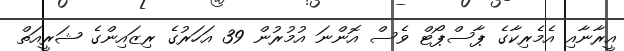
އީރާނާއި އެމެރިކާގެ ޕާސްޕޯޓް ވެސް އޮންނަ އުމުރުން 39 އަހަރުގެ ރިޒައިންގެ ޝަރީއަތް